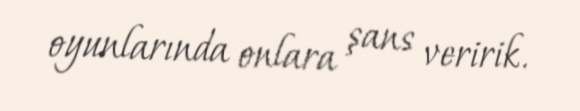
oyunlarında onlara şans veririk.